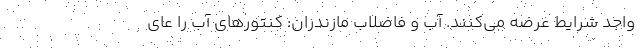
واجد شرایط عرضه می‌کنند. آب و فاضلاب مازندران: کنتورهای آب را عای